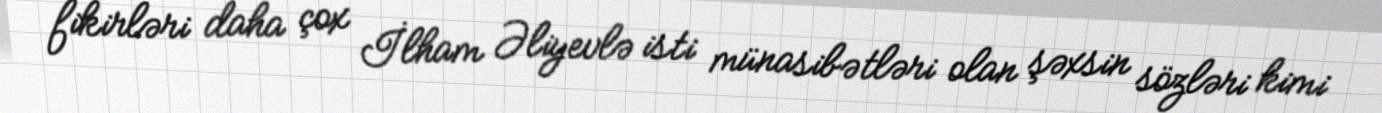
fikirləri daha çox İlham Əliyevlə isti münasibətləri olan şəxsin sözləri kimi